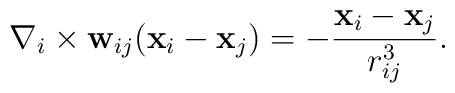
{\bf \nabla}_i \times {\bf w}_{ij}({\bf x}_i -{\bf x}_j)  = -     \frac{ {\bf x}_i -{\bf x}_j }{ r_{ij}^3 }.